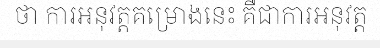
ថា ការអនុវត្តគម្រោងនេះ គឺជាការអនុវត្ត